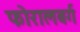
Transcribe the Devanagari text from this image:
फोरालबर्ग